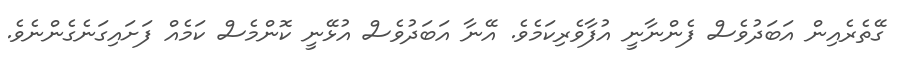
ގޭތެރެއިން އަބަދުވެސް ފެންނާނީ އުފާވެރިކަމެވެ. އޭނާ އަބަދުވެސް އުޅޭނީ ކޮންމެސް ކަމެއް ފަށައިގަނެގެންނެވެ.